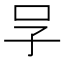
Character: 𠯂